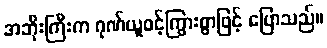
အဘိုးကြီးက ဂုဏ်ယူဝင့်ကြွားစွာဖြင့် ပြောသည်။